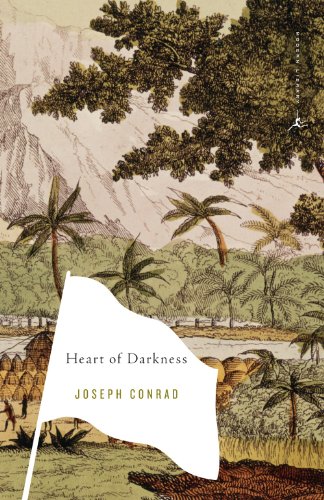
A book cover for Heart of Darkness & Selections from The Congo Diary; Joseph Conrad; Travel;